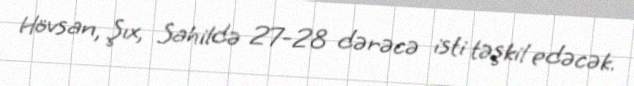
Hövsan, Şıx, Sahildə 27-28 dərəcə isti təşkil edəcək.